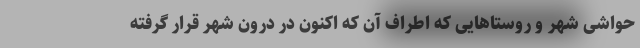
حواشی شهر و روستاهایی که اطراف آن که اکنون در درون شهر قرار گرفته